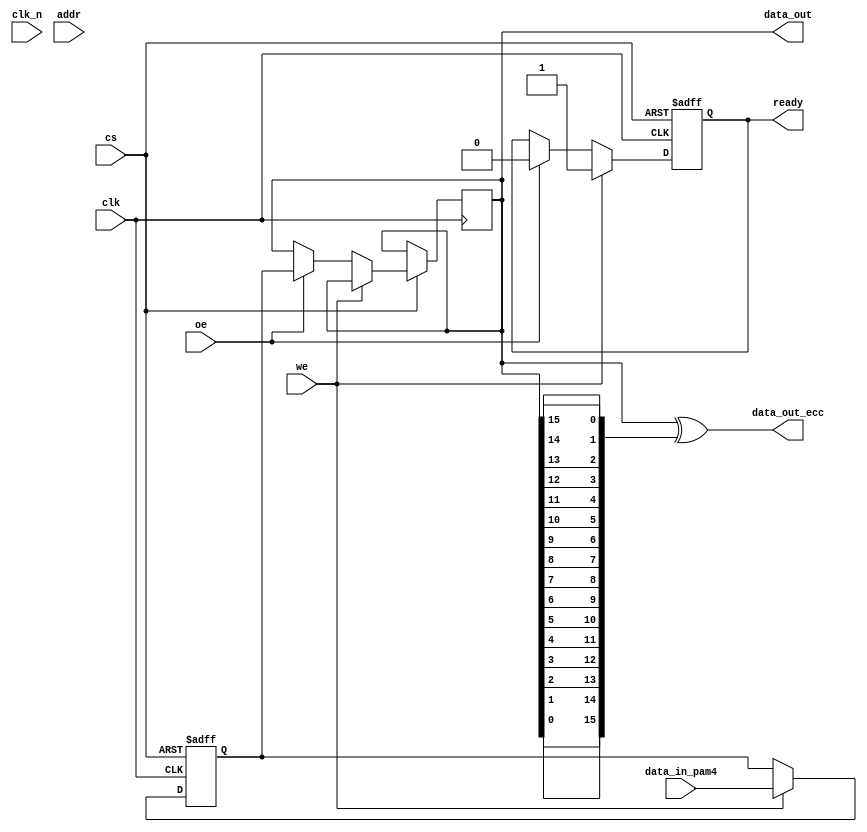
module gddr6x_io_block (
    input wire clk,          // Differential clock input
    input wire clk_n,        // Inverted differential clock input
    input wire [15:0] data_in_pam4, // PAM4 encoded data input
    output wire [15:0] data_out, // Data output
    input wire cs,          // Chip Select
    input wire we,          // Write Enable
    input wire oe,          // Output Enable
    input wire [7:0] addr,  // Address input
    output wire [15:0] data_out_ecc, // Data output with ECC
    output wire ready       // Ready signal for data transfer
);

// Internal signals
reg [15:0] data_buffer;       // Buffer for incoming data
reg [15:0] data_out_reg;      // Register for output data
reg ready_reg;                // Ready signal register
wire [15:0] ecc_encoded_data; // ECC encoded data

// ECC encoding logic (simplified)
function [15:0] ecc_encode(input [15:0] data);
    // Simple parity-based ECC for demonstration
    ecc_encode = data ^ {data[0], data[1], data[2], data[3], data[4], data[5], data[6], data[7],
                         data[8], data[9], data[10], data[11], data[12], data[13], data[14], data[15]};
endfunction

// Clock management and data processing
always @(posedge clk or negedge cs) begin
    if (!cs) begin
        // Reset logic
        data_buffer <= 16'b0;
        ready_reg <= 1'b0;
    end else if (we) begin
        // Write operation
        data_buffer <= data_in_pam4; // Capture incoming PAM4 data
        ready_reg <= 1'b1;            // Set ready signal
    end else if (oe) begin
        // Output operation
        data_out_reg <= data_buffer;  // Output the buffered data
        ready_reg <= 1'b0;             // Clear ready signal
    end
end

// Assign outputs
assign data_out = data_out_reg;
assign data_out_ecc = ecc_encode(data_out_reg); // Output data with ECC
assign ready = ready_reg;

endmodule